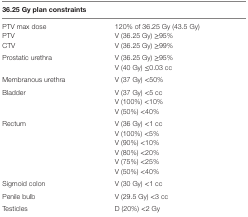
<table><thead><tr><td colspan="2"><b>36.25 Gy plan constraints</b></td></tr></thead><tbody><tr><td>PTV max dose</td><td>120% of 36.25 Gy (43.5 Gy)</td></tr><tr><td>PTV</td><td>V (36.25 Gy) ≥95%</td></tr><tr><td>CTV</td><td>V (36.25 Gy) ≥99%</td></tr><tr><td rowspan="2">Prostatic urethra</td><td>V (36.25 Gy) ≥95%</td></tr><tr><td>V (40 Gy) ≤0.03 cc</td></tr><tr><td>Membranous urethra</td><td>V (37 Gy) &lt;50%</td></tr><tr><td rowspan="3">Bladder</td><td>V (37 Gy) &lt;5 cc</td></tr><tr><td>V (100%) &lt;10%</td></tr><tr><td>V (50%) &lt;40%</td></tr><tr><td rowspan="6">Rectum</td><td>V (36 Gy) &lt;1 cc</td></tr><tr><td>V (100%) &lt;5%</td></tr><tr><td>V (90%) &lt;10%</td></tr><tr><td>V (80%) &lt;20%</td></tr><tr><td>V (75%) &lt;25%</td></tr><tr><td>V (50%) &lt;40%</td></tr><tr><td>Sigmoid colon</td><td>V (30 Gy) &lt;1 cc</td></tr><tr><td>Penile bulb</td><td>V (29.5 Gy) &lt;3 cc</td></tr><tr><td>Testicles</td><td>D (20%) &lt;2 Gy</td></tr></tbody></table>